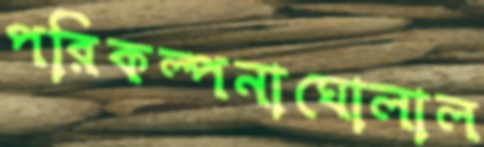
পরিকল্পনাঘোলাল